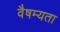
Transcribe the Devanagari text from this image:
वैषम्यता